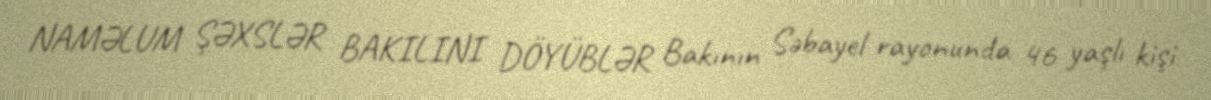
NAMƏLUM ŞƏXSLƏR BAKILINI DÖYÜBLƏR Bakının Səbayel rayonunda 46 yaşlı kişi